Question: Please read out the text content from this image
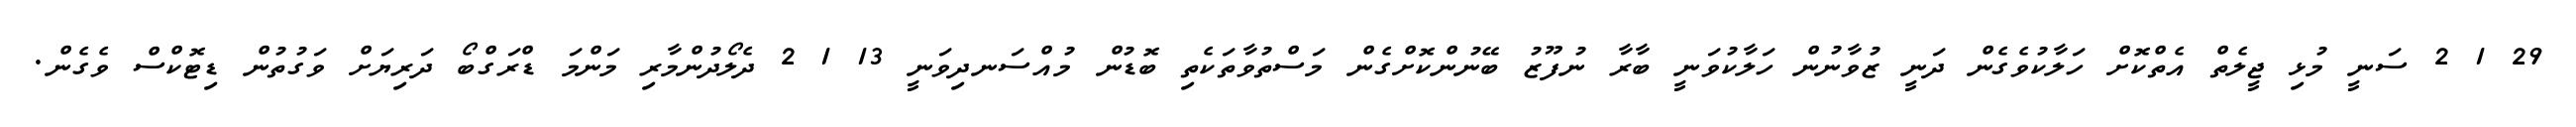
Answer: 29 1 2 ސަނީ މުޅި ޖީލެތް އެތްކޮށް ހަލާކުވެގެން ދަނީ ޒުވާނުން ހަލާކުވަނީ ބާރާ ނުފޫޒު ބޭނުންކޮށްގެން މަސްތުވާތަކެތި ބޮޑުން މުއްސަނދިވަނީ 13 1 2 ދެލޯދުންމާރި މަންމަ ޑްރަގްބޯ ދަރިޔަށް ވަގުތުން ޑިޓޮކްސް ވެގެން.